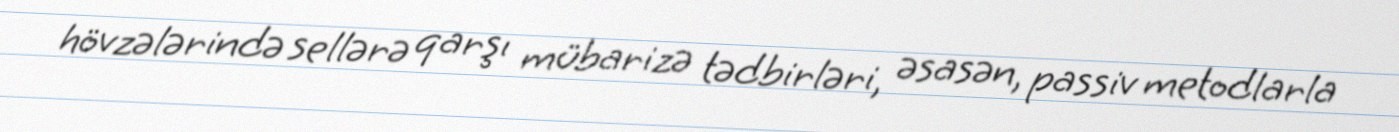
hövzələrində sellərə qarşı mübarizə tədbirləri, əsasən, passiv metodlarla